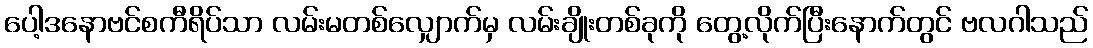
ပေါ့ဒနောဗင်စကီရိပ်သာ လမ်းမတစ်လျှောက်မှ လမ်းချိုးတစ်ခုကို တွေ့လိုက်ပြီးနောက်တွင် ဗလဂါသည်